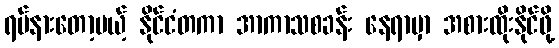
ရပ်နားတော့မယ့် နိုင်ငံတကာ အာကာသစခန်း နေရာမှာ အစားထိုးနိုင်ဖို့